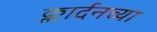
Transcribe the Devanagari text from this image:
क्लार्दनच्या